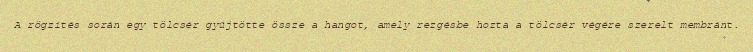
A rögzítés során egy tölcsér gyűjtötte össze a hangot, amely rezgésbe hozta a tölcsér végére szerelt membránt.